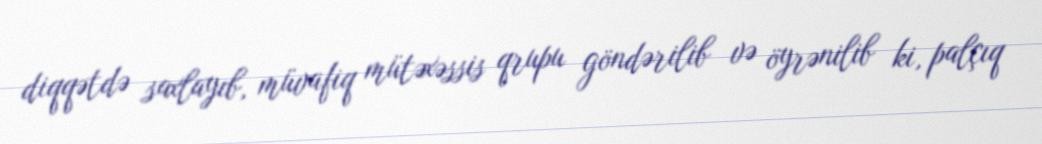
diqqətdə saxlayıb, müvafiq mütəxəssis qrupu göndərilib və öyrənilib ki, palçıq